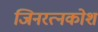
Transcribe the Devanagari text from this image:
जिनरत्नकोश